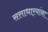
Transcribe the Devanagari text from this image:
सत्ताधार्‍यांना